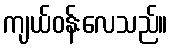
ကျယ်ဝန်းလေသည်။